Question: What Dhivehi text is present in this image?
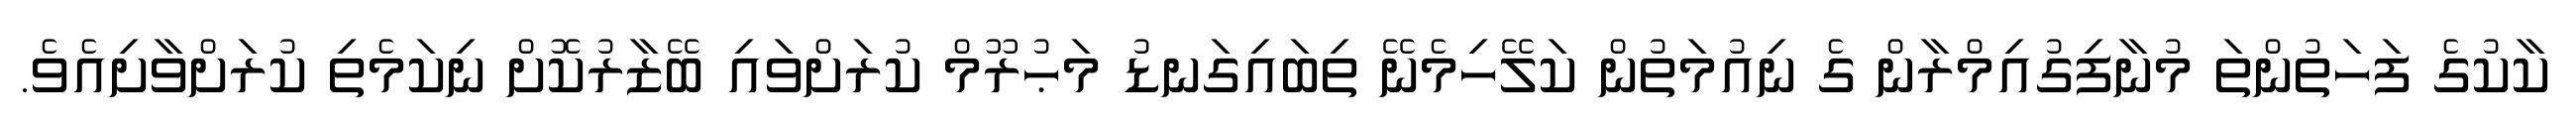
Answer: ކާކުގެ ފަހަތުންތަ މުނާފިގުއިމްރާން ގެ ނިއުމަތުން ކަލޭހިމެނޭ ތިބައިގަނޑު މަޙުރޫމް ކުރަށްވައި ބޭޒާރުކޮށް ނިކަމެތި ކުރަށްވާށިއެވެ.